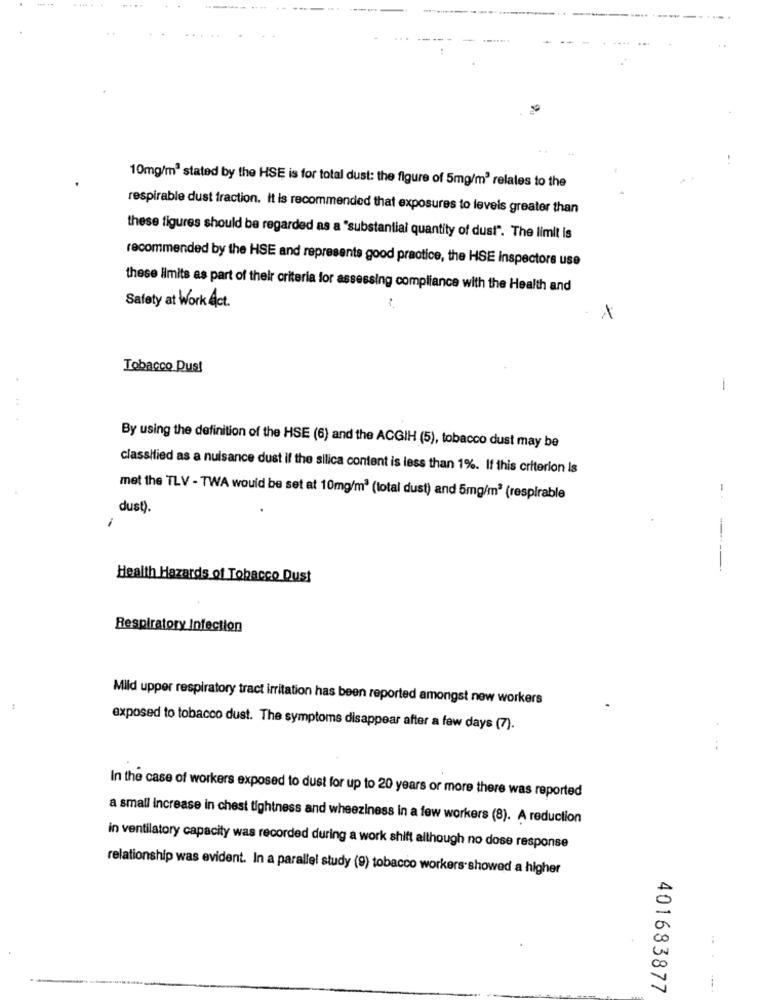
10mg/m3 stated by the HSE is for total dust: the figure of 5mg/m3 relates to the
respirable dust fraction. it is recommended that exposures to levels greater than
these figures should be regarded as a "substantial quantity of dust". The limit is
recommended by the HSE and represents good practice, the HSE inspectors use
these limits as part of their criteria for assessing compliance with the Health and
Safety at Work &ct.
Tobacco Dus!
1
.. .
By using the definition of the HSE (6) and the ACGIH (5), tobacco dust may be
classified as a nuisance dust if the silica content is less than 1%. If this criterion Is
met the TLV - TWA would be set at 10mg/m3 (total dust) and 5mg/m3 (respirable
dust).
1
-- ----
Health Hazards of Tobacco Dust
Respiratory Infection
Mild upper respiratory tract irritation has been reported amongst new workers
exposed to tobacco dust. The symptoms disappear after a few days (7).
--
In the case of workers exposed to dust for up to 20 years or more there was reported
a small increase in chest tightness and wheeziness in a few workers (8). A reduction
in ventilatory capacity was recorded during a work shift although no dose response
relationship was evident. In a parallel study (9) tobacco workers-showed a higher
...
401683877